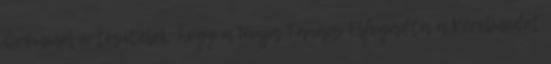
Örömmel értesítelek, hogy a Ninja Tanács Elfogadta a Kérelmedet